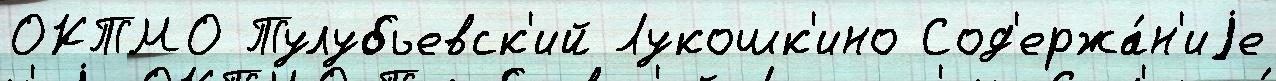
ОКТМО Тулубьевск'ий Лукошк'ино Сод'ержа́н'иjе